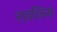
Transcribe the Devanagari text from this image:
रावलिंस